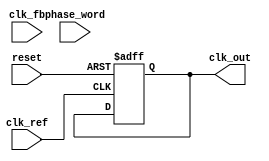
module adpll (
    input wire clk_ref,            // Reference clock
    input wire clk_fb,             // Feedback clock
    input wire reset,              // Reset signal
    input wire [N-1:0] phase_word, // Control word for NCO
    output reg clk_out             // Output clock
);

parameter N = 16; // Number of bits for frequency control
parameter M = 256; // Size of NCO accumulator

// Phase Detector
reg [N-1:0] phase_det_out;
reg [N-1:0] phase_accum;

// Loop Filter (Digital Low-Pass Filter)
reg [N-1:0] loop_filter_out;
reg [N-1:0] loop_gain = 16'h0001; // Loop gain

// Numerically Controlled Oscillator
reg [N-1:0] nco_accum;
reg [N-1:0] nco_out;
reg [N-1:0] freq_word; // Frequency control word

// Clock generation logic
always @(posedge clk_ref or posedge reset) begin
    if (reset) begin
        phase_accum <= 0;
    end else begin
        // Basic phase detection logic
        if (clk_ref && !clk_fb) begin
            phase_accum <= phase_accum + 1; // Phase tracking increment
        end else if(!clk_ref && clk_fb) begin
            phase_accum <= phase_accum - 1; // Phase tracking decrement
        end
        
        // Update phase detection output
        phase_det_out <= phase_accum;
    end
end

// Loop Filter implementation (Simple integrator for demonstration)
always @(posedge clk_ref or posedge reset) begin
    if (reset) begin
        loop_filter_out <= 0;
    end else begin
        loop_filter_out <= loop_filter_out + (phase_det_out * loop_gain);
    end
end

// NCO implementation
always @(posedge clk_ref or posedge reset) begin
    if (reset) begin
        nco_accum <= 0;
        clk_out <= 0;
    end else begin
        // NCO Frequency Control
        nco_accum <= nco_accum + loop_filter_out[15:0]; // 16-bit update for example
        if (nco_accum[M-1] == 1'b1) begin // Check MSB for clock toggle
            clk_out <= ~clk_out; // Generate output clock
            nco_accum[M-1:1] <= nco_accum[M-1:1] + freq_word[15:0]; // Adjust frequency
        end
    end
end

endmodule